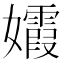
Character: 𡤕